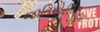
જાતિકોરીબીયા